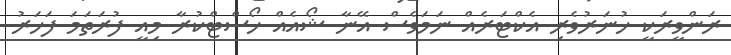
ރަންވީރަކީ ހުނަރުވެރި އެކްޓަރެއް ނަމަވެސް އޭނާ ޝޯއެއް ހޯސްޓްކުރާ މިއީ ފުރަތަމަ ފަހަރު